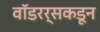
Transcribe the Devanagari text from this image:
वॉडरर्सकडून